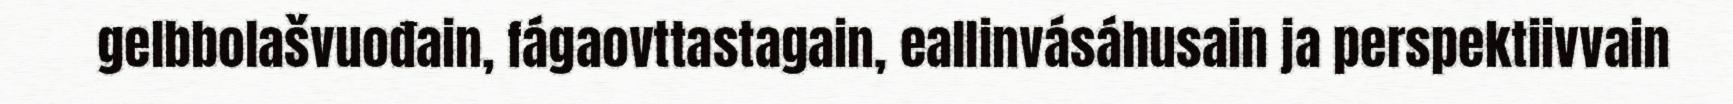
gelbbolašvuođain, fágaovttastagain, eallinvásáhusain ja perspektiivvain